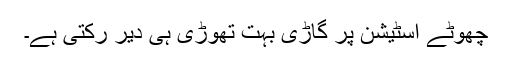
چھوٹے اسٹیشن پر گاڑی بہت تھوڑی ہی دیر رکتی ہے۔